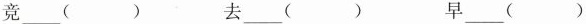
竞___() 去___() 早___()